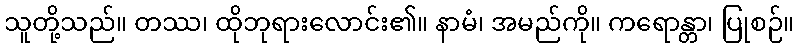
သူတို့သည်။ တဿ၊ ထိုဘုရားလောင်း၏။ နာမံ၊ အမည်ကို။ ကရောန္တာ၊ ပြုစဉ်။